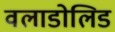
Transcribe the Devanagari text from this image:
वलाडोलिड